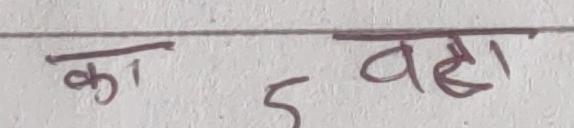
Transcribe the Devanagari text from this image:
का 5 वहाँ